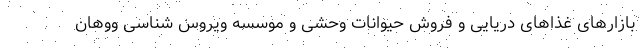
بازارهای غذاهای دریایی و فروش حیوانات وحشی و موسسه ویروس شناسی ووهان